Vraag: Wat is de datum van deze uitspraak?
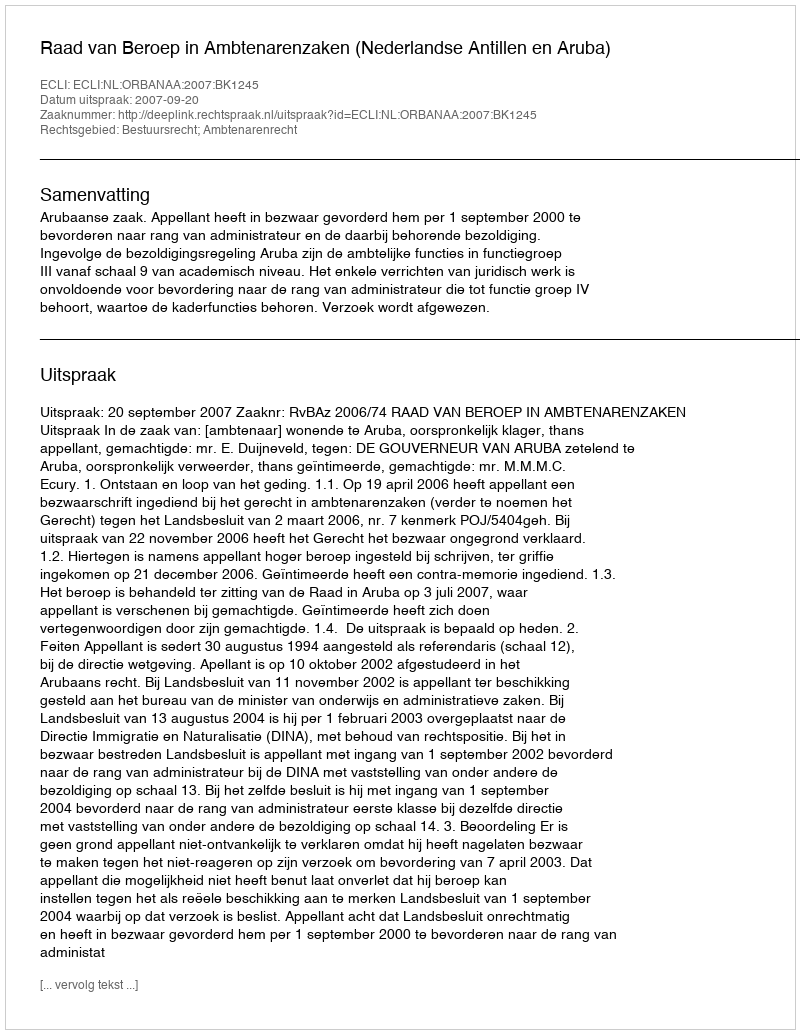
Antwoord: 2007-09-20